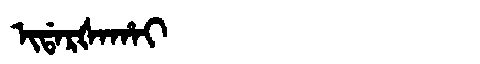
Manchu: ᡳᡩᠠᡵᡧᠠᡥᠠᡳ
Romanization: IDARŠAHAI